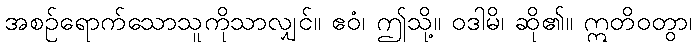
အစဉ်ရောက်သောသူကိုသာလျှင်။ ဧဝံ၊ ဤသို့။ ဝဒါမိ၊ ဆို၏။ ဣတိဝတွာ၊